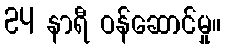
24 နာရီ ဝန်ဆောင်မှု။